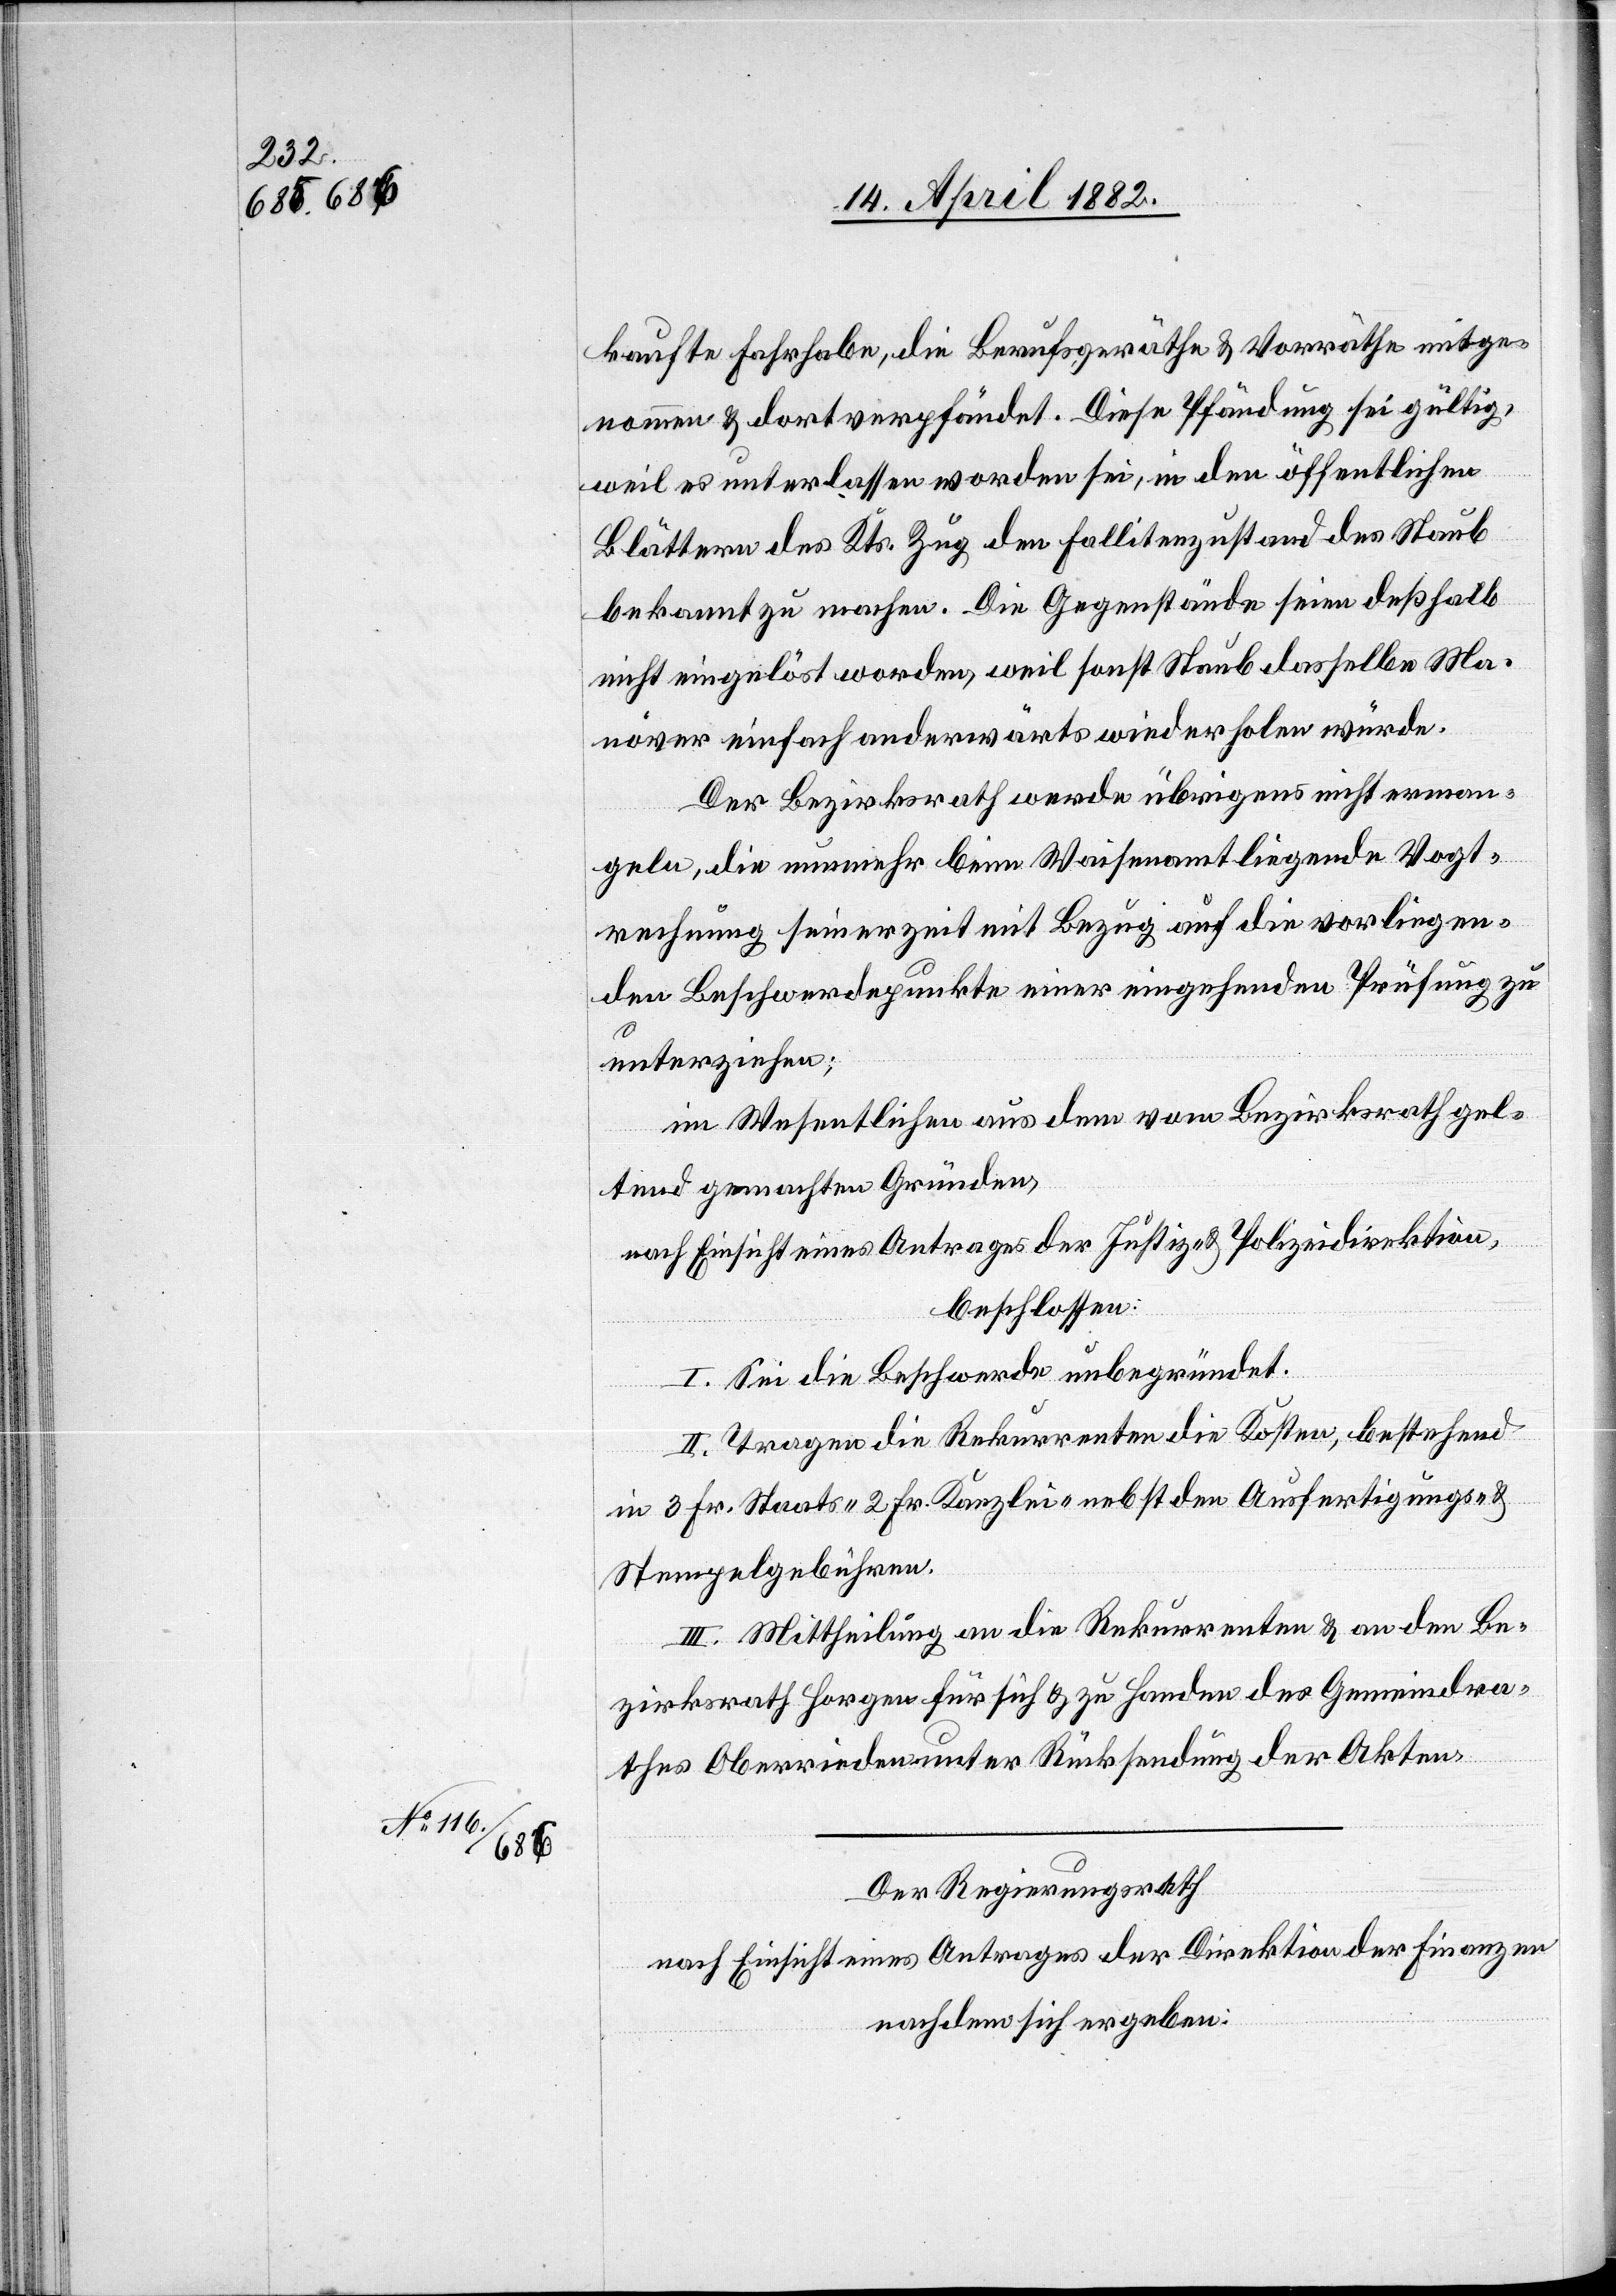
kaufte Fahrhabe, die Berufsgeräthe & Vorräthe mitge¬
nommen & dort verpfändet. Diese Pfändung sei gültig,
weil es unterlassen worden sei, in den öffentlichen
Blättern des Kts. Zug den Fallitenzustand des Staub
bekannt zu machen. Die Gegenstände seien deßhalb
nicht eingelöst worden, weil sonst Staub dasselbe Ma¬
növer einfach anderwärts wiederholen würde.
Der Bezirksrath werde übrigens nicht erman¬
geln, die nunmehr beim Waisenamt liegende Vogt¬
rechnung seinerzeit mit Bezug auf die vorliegen¬
den Beschwerdepunkte einer eingehenden Prüfung zu
unterziehen;
im Wesentlichen aus dem [sic!] vom Bezirksrath gel¬
tend gemachten Gründen,
nach Einsicht eines Antrages der Justiz- & Polizeidirektion,
beschlossen:
I. Sei die Beschwerde unbegründet.
II. Tragen die Rekurrenten die Kosten, bestehend
in 3 Fr. Staats-[,] 2 Fr. Kanzlei-[,] nebst den Ausfertigungs- &
Stempelgebühren.
III. Mittheilung an die Rekurrenten & an den Be¬
zirksrath Horgen für sich & zu Handen des Gemeindra¬
thes Oberrieden unter Rücksendung der Akten.
Der Regierungsrath
nach Einsicht eines Antrages der Direktion der Finanzen
nachdem sich ergeben: